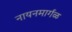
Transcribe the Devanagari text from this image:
नायनमार्गळ